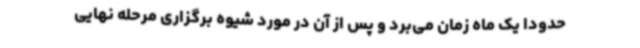
حدودا یک ماه زمان می‌برد و پس از آن در مورد شیوه برگزاری مرحله نهایی